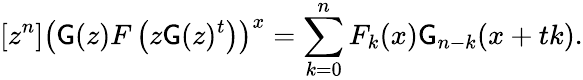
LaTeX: [z^{n}]\left(\mathsf{G}(z)F\left(z\mathsf{G}(z)^{t}\right)\right)^{x}=\sum_{k=0}^{n}F_{k}(x)\mathsf{G}_{n-k}(x+tk).